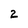
Character: 2